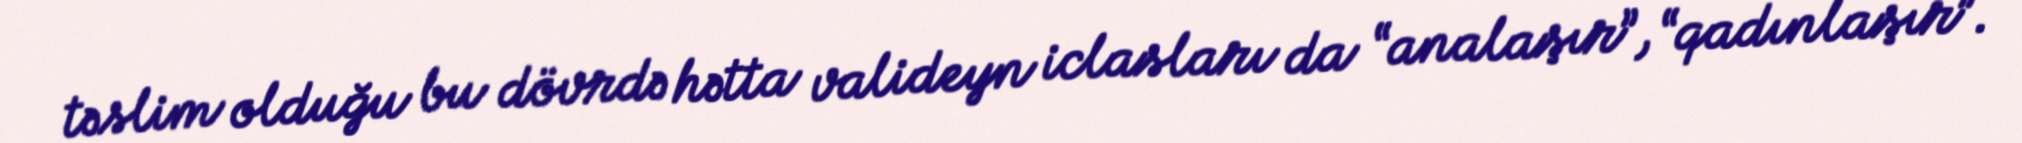
təslim olduğu bu dövrdə hətta valideyn iclasları da “analaşır”, “qadınlaşır”.